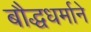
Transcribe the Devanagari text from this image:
बौद्धधर्माने